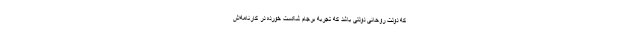
که دولت روحانی دولتی باشد که تجربه برجام شکست خورده در کارنامه‌اش